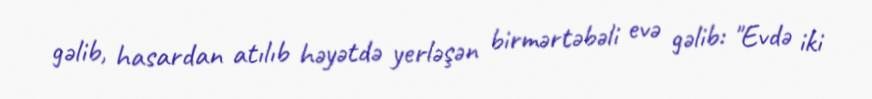
gəlib, hasardan atılıb həyətdə yerləşən birmərtəbəli evə gəlib: "Evdə iki